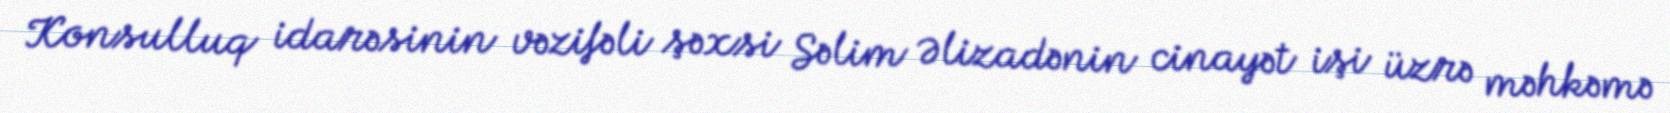
Konsulluq idarəsinin vəzifəli şəxsi Səlim Əlizadənin cinayət işi üzrə məhkəmə